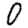
Digit: 0